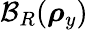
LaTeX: \mathcal{B}_{R}({\boldsymbol\rho}_{y})